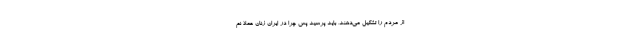
از مردم را تشکیل می‌دهند، باید پرسید پس چرا در ایران زنان عملا نم